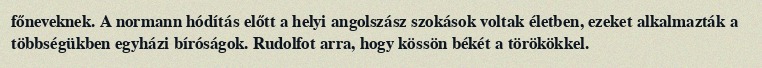
főneveknek. A normann hódítás előtt a helyi angolszász szokások voltak életben, ezeket alkalmazták a többségükben egyházi bíróságok. Rudolfot arra, hogy kössön békét a törökökkel.